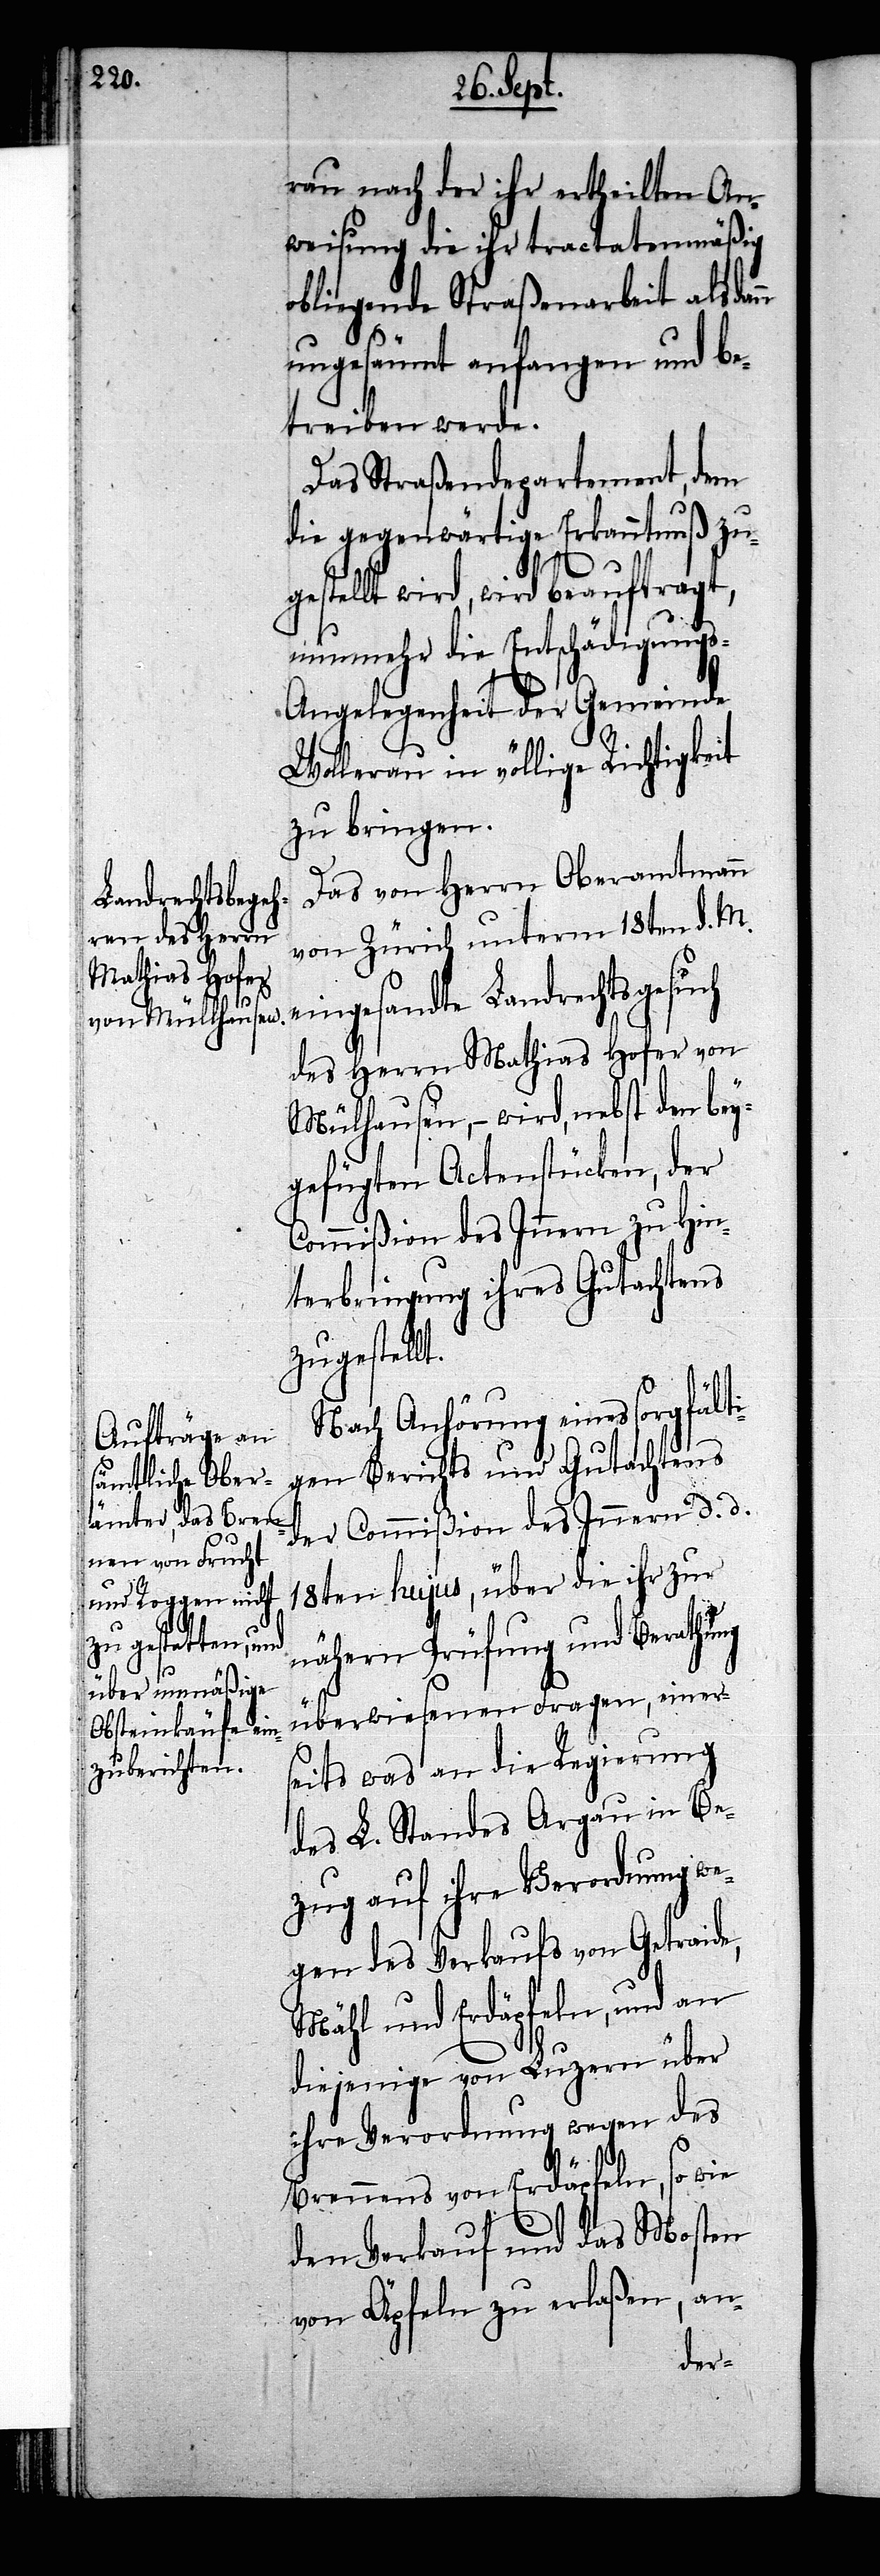
ei¬

rau nach der ihr ertheilten An¬
weisung die ihr tractatsmäßig
obliegende Straßenarbeit alsda¬
ungesäumt anfangen und be¬
treiben werde.
Das Straßenbaudepartement, dem
die gegenwärtige Erkanntnuß zu¬
tellt wird, wird beauftragt,
nunmehr die Entschädigungs-A¬
ngelegenheit der Gemeinde
Wollerau in völlige Richtigkeit
zu bringen.
Das von Herrn Oberamtmann
von Zürich unterm 18ten d. M.
ngesandte Landrechtsgesuch
des Herrn Mathias Hofer von
Mülhausen, – wird, nebst den bey¬
gefügten Actenstücken, der
Commißion des Innern zu Hin¬
terbringung ihres Gutachtens
zugestellt.
Nach Anhörung eines sorgfälti¬
gen Berichts und Gutachtens
der Commißion des Innern d. d.
18ten hujus, über die ihr zur
nähern Prüfung und Berathung
überwiesenen Fragen, einer¬
seits was an die Regierung
des L. Standes Argau in Be¬
zug auf ihre Verordnung we¬
gen des Verkaufs von Getraide,
Mähl und Erdäpfeln, und an
diejenige von Luzern über
ihre Verordnung wegen des
Brennens von Erdäpfeln, so wie
den Verkauf und das Mosten
von Äpfeln zu erlaßen, an-